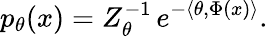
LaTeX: p_{\theta}(x)=Z_{\theta}^{-1}\, e^{-\langle\theta,\Phi(x)\rangle}.